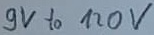
Text: 9V to 120V